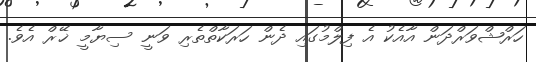
ހަރްޝްވަރްދަން އާއެކު އެ ފިލްމުގައި ދެން ހަރަކާތްތެރި ވަނީ ސިޔާމީ ޚޭރް އެވެ.